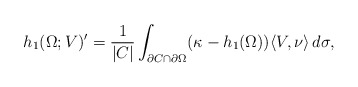
\begin{align*} h_1(\Omega;V)' = \frac{1}{|C|}\int_{\partial C \cap \partial \Omega} (\kappa -h_1(\Omega)) \langle V,\nu \rangle \,d\sigma, \end{align*}